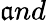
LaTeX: \mathfrak{a}nd